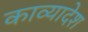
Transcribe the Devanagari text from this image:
काव्यादेश